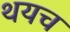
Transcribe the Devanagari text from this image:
थयच